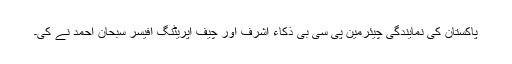
پاکستان کی نمایندگی چیئرمین پی سی بی ذکاء اشرف اور چیف آپریٹنگ آفیسر سبحان احمد نے کی۔